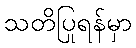
သတိပြုရန်မှာ